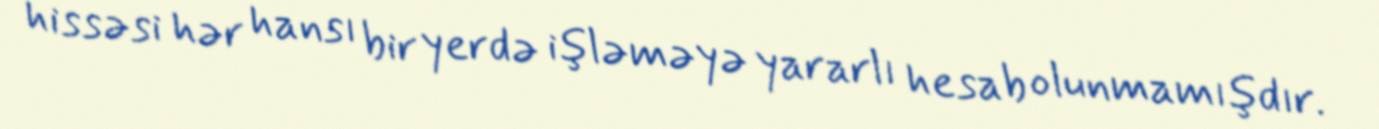
hissəsi hər hansı bir yerdə işləməyə yararlı hesab olunmamışdır.